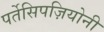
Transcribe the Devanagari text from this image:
पर्तेसिपज़ियोनी